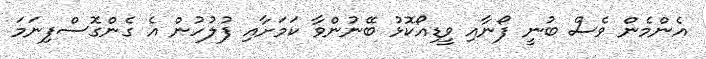
އެންމެން ވެސް ބުނީ ފޯނާއި ވީޑިއޯކޮޅު ބޭނުންވާ ކަމަށާއި ފުލުހުން އެ ގެންގޮސްފިނަމަ